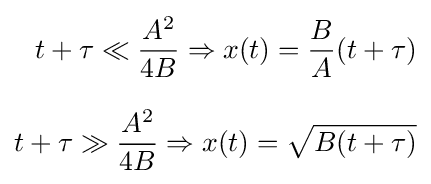
{\begin{aligned}t+\tau \ll {\frac {A^{2}}{4B}}\Rightarrow x(t)={\frac {B}{A}}(t+\tau )\\[8pt]t+\tau \gg {\frac {A^{2}}{4B}}\Rightarrow x(t)={\sqrt {B(t+\tau )}}\end{aligned}}